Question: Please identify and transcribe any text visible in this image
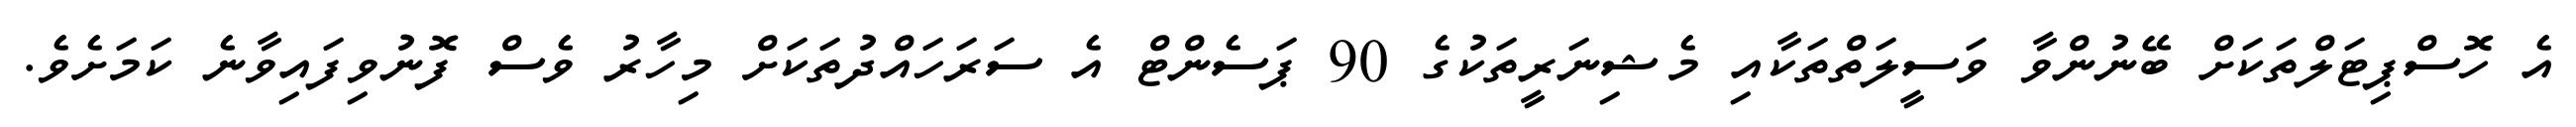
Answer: އެ ހޮސްޕިޓަލްތަކަށް ބޭނުންވާ ވަސީލަތްތަކާއި މެޝިނަރީތަކުގެ 90 ޕަސެންޓް އެ ސަރަހައްދުތަކަށް މިހާރު ވެސް ފޮނުވިފައިވާނެ ކަމަށެވެ.